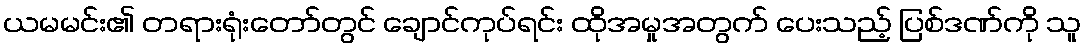
ယမမင်း၏ တရားရုံးတော်တွင် ချောင်ကုပ်ရင်း ထိုအမှုအတွက် ပေးသည့် ပြစ်ဒဏ်ကို သူ